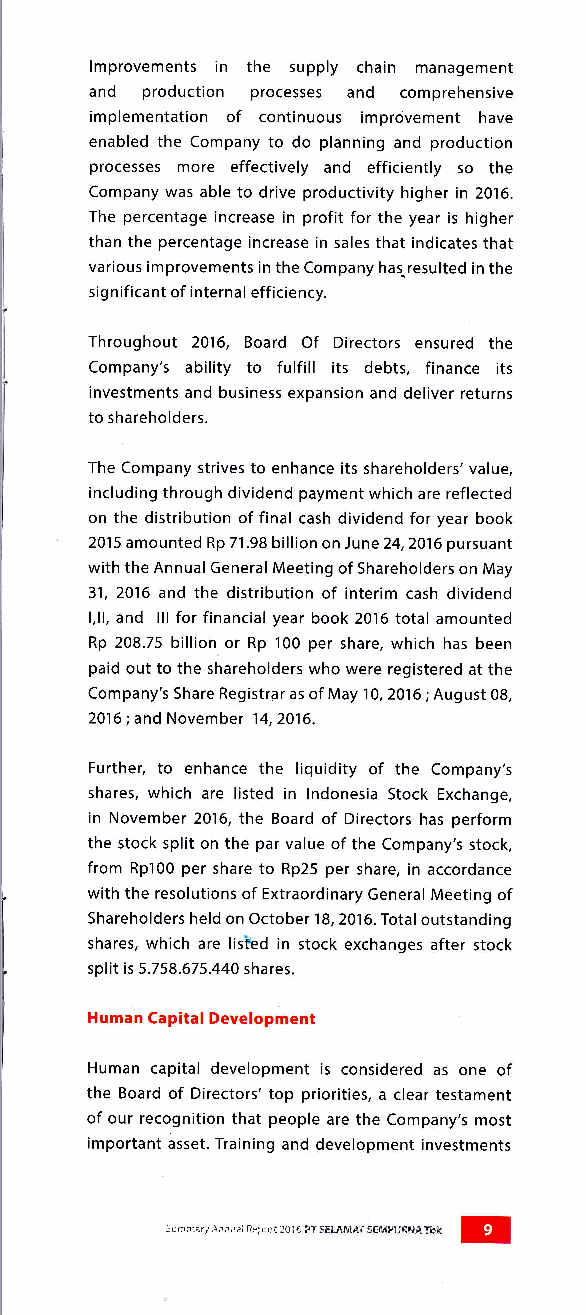
lmprovements in the supply chain management
 and production processes and comprehensive
 implementation of continuous improvement have
 enabled the Company to do planning and production
 processes more effectively and efficiently so the
 Company was able to drive productivity higher in 2016.
 The percentage increase in profit for the year is higher
 than the percentage increase in sales that indicates that
 various improvements in the Company has-resulted in the
 significant of internal efficiency.
 Throughout 2016, Board Of Directors ensured the
 Company's ability to fulfill its debts, finance its
 investments and business expansion and deliver returns
 to shareholders.
 The Company strives to enhance its shareholders'value,
 including through dividend payment which are reflected
 on the distribution of final cash dividend for year book
 2015 amounted Rp 71.98 billion on )une24,2016 pursuant
 with the Annual General Meeting of Shareholders on May
 31,2016 and the distribution of interim cash dividend
 l,ll, and lll for financial year book 2016 total amounted
 Rp 208.75 billion. or Rp 100 per share, which has been
 paid out to the shareholders who were registered at the
 Company's Share Registrar as of May 10,2016; August 08,
 2016; and November 14,2016.
 Further, to enhance the liquidity of the Company's
 shares, which are listed in lndonesia Stock Exchange,
 in November 2016, the Board of Directors has perform
 the stock split on the par value of the Company's stock,
 from Rpl00 per share to Rp25 per share, in accordance
 with the resolutions of Extraordinary General Meeting of
 Shareholders held on October 18, 2016. Total outstanding
 shares, which are listbd in stock exchanges after stock
 split is 5.758.675.440 shares.
 Human Gapital Development
 Human capital development is considered as one of
 the Board of Directors' top priorities, a clear testament
 of our recognition that people are the Company's most
 important asset. Training and development investments
 5umi1i? A'r'r!:l Aepcri 2C15 pl SELAMAT SEMPURruA rbk E